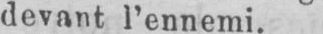
devant l’ennemi.